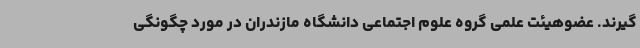
گیرند. عضوهیئت علمی گروه علوم اجتماعی دانشگاه مازندران در مورد چگونگی